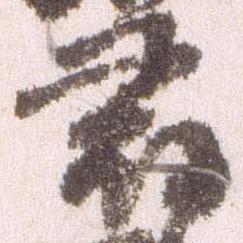
尋